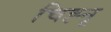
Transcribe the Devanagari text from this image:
चिह्नृ